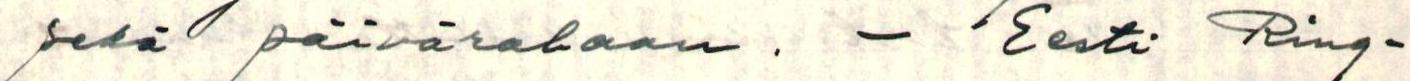
sekä päivärahaan . - Eesti Ring-